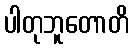
ပါတုဘူတောတိ